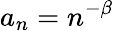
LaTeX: a_{n}=n^{-\beta}